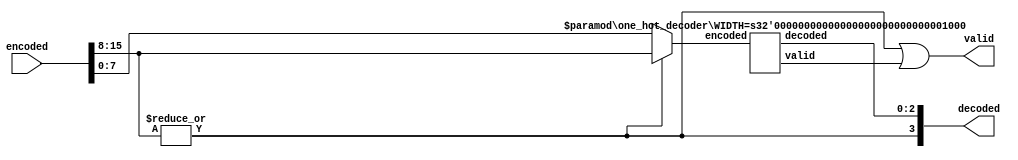
module one_hot_decoder #(
parameter WIDTH = 16
) (
encoded,
decoded,
valid
);

//define the log2 function
function integer log2;
input integer value;
begin
value = value-1;
for (log2=0; value>0; log2=log2+1)
value = value>>1;
end
endfunction


input [WIDTH-1 : 0] encoded;
output [log2(WIDTH)-1 : 0] decoded;
output valid;

generate
	wire decoded_half_valid;
	wire top_half_has_one;

	if (WIDTH==2)begin
		assign valid = encoded[1] | encoded [0];
		assign decoded = encoded[1];
	end
	else begin
		assign top_half_has_one = |encoded[WIDTH-1 : WIDTH/2];
		assign decoded[log2(WIDTH)-1] = top_half_has_one;
		assign valid = top_half_has_one | decoded_half_valid;

		one_hot_decoder #(WIDTH/2) decode_half (.encoded(top_half_has_one ? encoded[WIDTH-1 : WIDTH/2] : encoded[(WIDTH/2)-1 : 0]),
							.decoded(decoded[log2(WIDTH)-2 : 0]),
							.valid(decoded_half_valid)	);
	end
endgenerate


endmodule